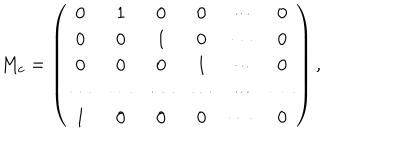
LaTeX: { M _ { c } = \left( \begin{matrix} { { 0 } } & { { 1 } } & { { 0 } } & { { 0 } } & { { \cdots } } & { { 0 } } \\ { { 0 } } & { { 0 } } & { { 1 } } & { { 0 } } & { { \cdots } } & { { 0 } } \\ { { 0 } } & { { 0 } } & { { 0 } } & { { 1 } } & { { \cdots } } & { { 0 } } \\ { { \cdots } } & { { \cdots } } & { { \cdots } } & { { \cdots } } & { { \cdots } } & { { \cdots } } \\ { { 1 } } & { { 0 } } & { { 0 } } & { { 0 } } & { { \cdots } } & { { 0 } } \\ \end{matrix} \right) , }